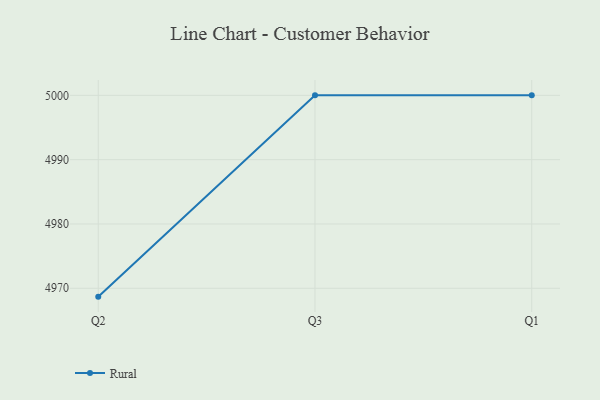
{"axis": {"x": "Quarter", "y": "Backlog"}, "legend": ["Rural"], "data": [{"x": "Q2", "y": 4968.7, "type": "Rural"}, {"x": "Q3", "y": 5000, "type": "Rural"}, {"x": "Q1", "y": 5000, "type": "Rural"}]}